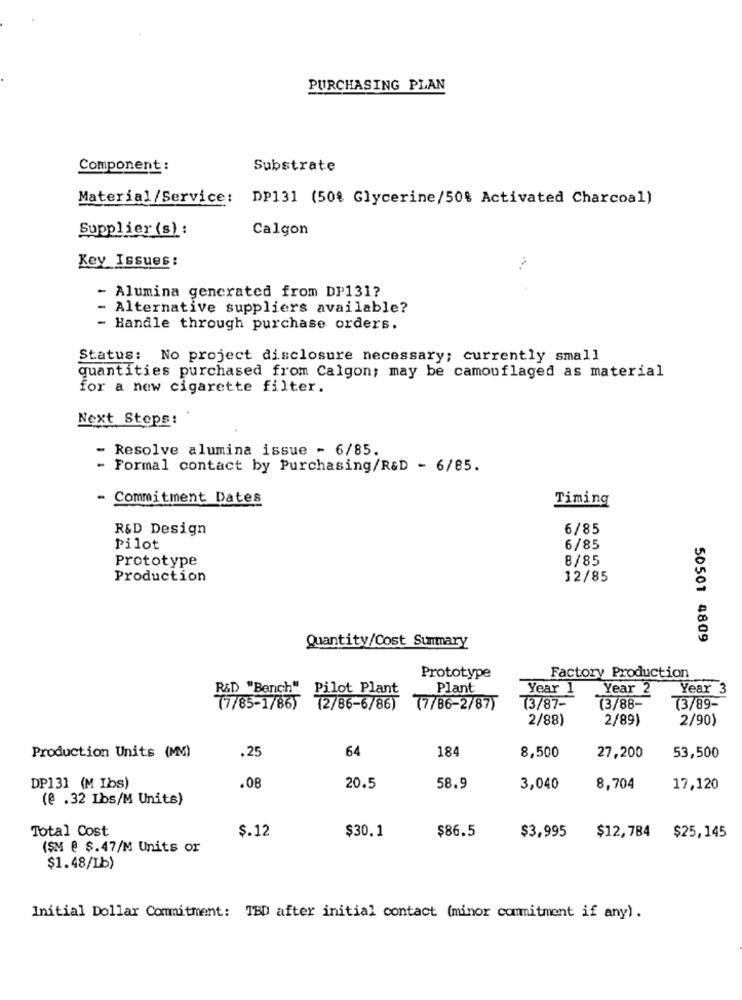
PURCHASING PLAN
Component :
Substrate
Material/Service: DP131 (50% Glycerine/50% Activated Charcoal)
Supplier (s) :
Calgon
Key Issues:
- Alumina generated from DP131?
- Alternative suppliers available?
- Handle through purchase orders.
Status: No project disclosure necessary; currently small
quantities purchased from Calgon; may be camouflaged as material
for a new cigarette filter.
Next Steps:
-
Resolve alumina issue - 6/85.
- Formal contact by Purchasing/R&D - 6/85.
- Commitment Dates
Timing
R&D Design
6/85
Pilot
6/85
Prototype
8/85
Production
12/85
Quantity/Cost Summary
50501 4809
Prototype
Factory Production
R&D "Bench"
Pilot Plant
Plant
Year 1
Year 2
Year 3
(7/85-1/86)
(2/86-6/86)
77/86-2/87)
73/87-
(3/88-
(3/89-
2/88)
2/89)
2/90)
.25
64
184
8,500
27,200
Production Units (MM)
53,500
DP131 (M Ibs)
.08
20.5
58.9
3,040
8,704
17,120
(@ .32 Lbs/M Units)
Total Cost
$.12
$30.1
$86.5
$3,995
$12,784 $25,145
(ŞM @ $.47/M Units or
$1.48/Lb)
Initial Dollar Commitment: TBD after initial contact (minor commitment if any).